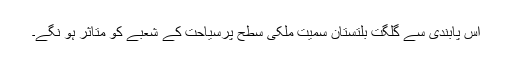
اس پابندی سے گلگت بلتستان سمیت ملکی سطح پرسیاحت کے شعبے کو متاثر ہو نگے۔